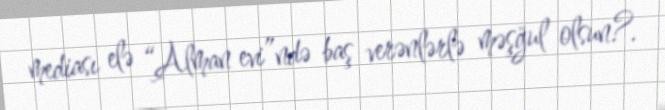
mediası elə “Alman evi”ndə baş verənlərlə məşğul olsun?.